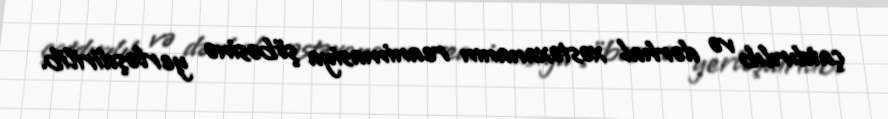
çatdırılıb və dərhal xəstəxananın reanimasiya şöbəsinə yerləşdirilib.